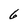
Character: 6